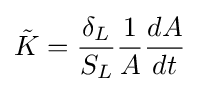
{\tilde {K}}={\frac {\delta _{L}}{S_{L}}}{\frac {1}{A}}{\frac {dA}{dt}}